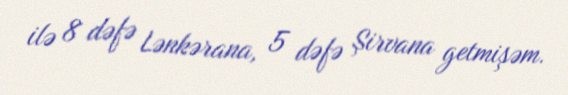
ilə 8 dəfə Lənkərana, 5 dəfə Şirvana getmişəm.